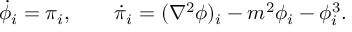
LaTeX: \dot { \phi } _ { i } = \pi _ { i } , \qquad \dot { \pi } _ { i } = ( \nabla ^ { 2 } \phi ) _ { i } - m ^ { 2 } \phi _ { i } - \phi _ { i } ^ { 3 } .